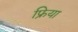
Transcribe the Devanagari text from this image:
फ्रिया